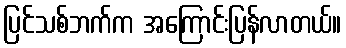
ပြင်သစ်ဘက်က အကြောင်းပြန်လာတယ်။